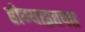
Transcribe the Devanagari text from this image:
होण्याइतपत